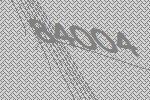
84004